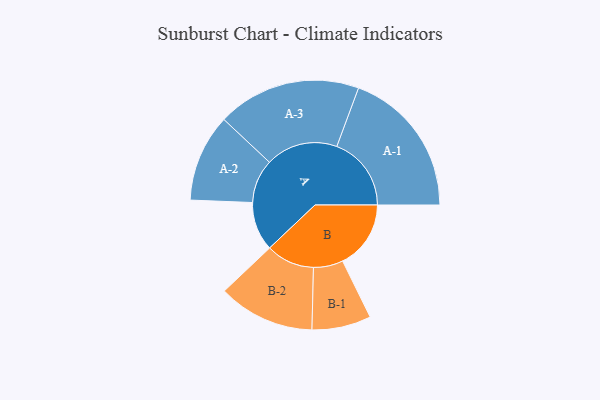
{"axis": {"x": "Segment", "y": "Value"}, "legend": ["", "A", "B"], "data": [{"x": "A", "y": 172, "type": ""}, {"x": "B", "y": 240, "type": ""}, {"x": "A-1", "y": 262, "type": "A"}, {"x": "A-2", "y": 154, "type": "A"}, {"x": "A-3", "y": 253, "type": "A"}, {"x": "B-1", "y": 104, "type": "B"}, {"x": "B-2", "y": 170, "type": "B"}]}